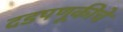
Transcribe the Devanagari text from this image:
दडपणूकीचे